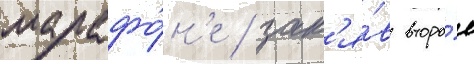
марафо́н'е / зан'я́в второ́е